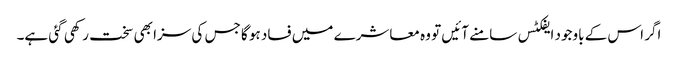
اگر اس کے باوجود ایفکٹس سامنے آئیں تو وہ معاشرے میں فساد ہو گا جس کی سزا بھی سخت رکھی گئی ہے۔